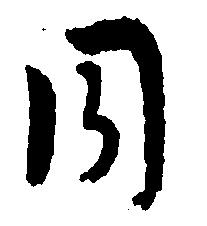
同